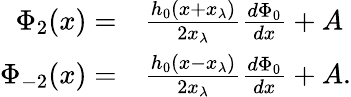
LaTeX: \begin{array}{rl}{\Phi_{2}(x)=}&{{}\frac{h_{0}(x+x_{\lambda})}{2x_{\lambda}}\frac{d\Phi_{0}}{dx}+A}\\ {\Phi_{-2}(x)=}&{{}\frac{h_{0}(x-x_{\lambda})}{2x_{\lambda}}\frac{d\Phi_{0}}{dx}+A.}\end{array}